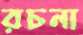
রচনা